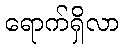
ရောက်ရှိလာ